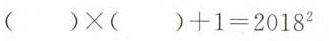
$$( )×( )+1=2018^{2}$$